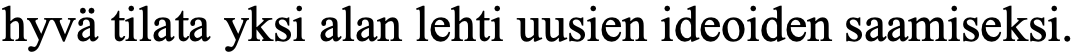
hyvä tilata yksi alan lehti uusien ideoiden saamiseksi.